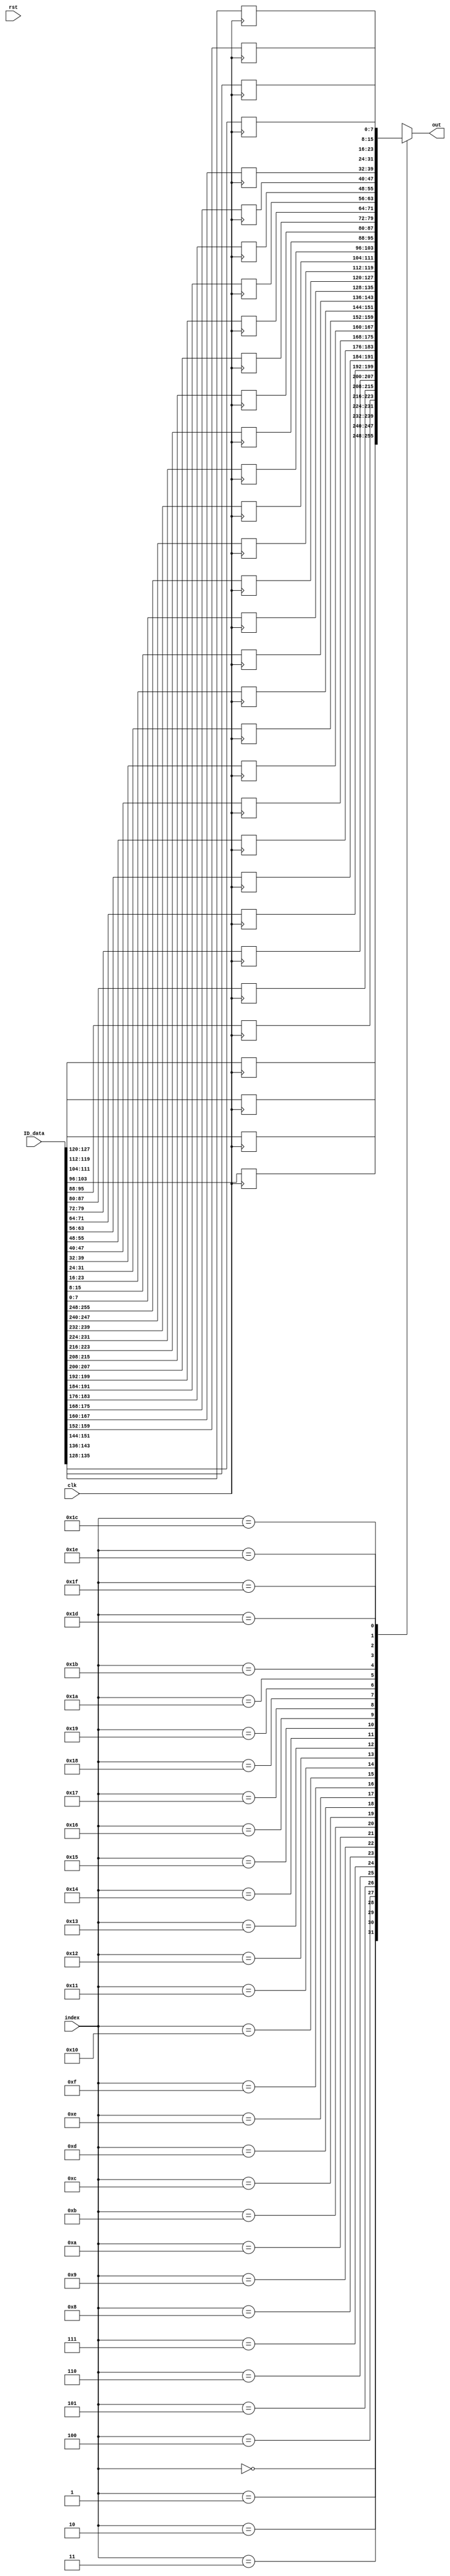
module LCD_display_string(clk, rst, ID_data, index, out);
	input 			  	clk, rst;
	input 		[4:0]	index;
	input 		[255:0] ID_data;
	output reg 	[7:0]	out;	

	reg [7:0] displayreg [31:0];
	

	always@(posedge clk)begin
		
		displayreg[0] 	<= ID_data[127:120];
		displayreg[1] 	<= ID_data[119:112];
		displayreg[2] 	<= ID_data[111:104]; 
		displayreg[3] 	<= ID_data[103: 96];
		displayreg[4] 	<= ID_data[ 95: 88];
		displayreg[5] 	<= ID_data[ 87: 80];
		displayreg[6] 	<= ID_data[ 79: 72];
		displayreg[7] 	<= ID_data[ 71: 64];
		displayreg[8] 	<= ID_data[ 63: 56];
		displayreg[9] 	<= ID_data[ 55: 48];
		displayreg[10] 	<= ID_data[ 47: 40];
		displayreg[11] 	<= ID_data[ 39: 32]; 
		displayreg[12] 	<= ID_data[ 31: 24];
		displayreg[13] 	<= ID_data[ 23: 16];
		displayreg[14] 	<= ID_data[ 15:  8];
		displayreg[15] 	<= ID_data[  7:  0];

			// Line 2
		displayreg[16] 	<= ID_data[255:248];	
		displayreg[17] 	<= ID_data[247:240];
		displayreg[18] 	<= ID_data[239:232]; 
		displayreg[19] 	<= ID_data[231:224];
		displayreg[20] 	<= ID_data[223:216];
		displayreg[21] 	<= ID_data[215:208];
		displayreg[22] 	<= ID_data[207:200];
		displayreg[23] 	<= ID_data[199:192];
		displayreg[24] 	<= ID_data[191:184];
		displayreg[25] 	<= ID_data[183:176];
		displayreg[26] 	<= ID_data[175:168];
		displayreg[27] 	<= ID_data[167:160]; 
		displayreg[28] 	<= ID_data[159:152];
		displayreg[29] 	<= ID_data[151:144];
		displayreg[30] 	<= ID_data[143:136];
		displayreg[31] 	<= ID_data[135:128];			
	end
	always@(*)begin
		out = displayreg[index];
	end
			 
endmodule